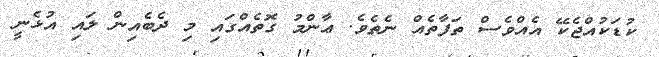
ކުޑަކުއްޖެކޭ އެއްވެސް ތަފާތެއް ނެތެވެ. ޢާންމު ގޮތެއްގައި މި ދެބެއިން ލައި އުޅެނީ